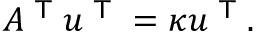
A ^ { \textsf { T } } u ^ { \textsf { T } } = \kappa u ^ { \textsf { T } } .